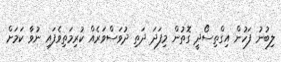
ލިބުނު ފަހުން އިގްތިސޯދީ ގޮތުން މިފަދަ ދަތި ދުވަސްވަރެއް ކުރިމަތިވެފައި ނުވާ ކަމަށް